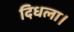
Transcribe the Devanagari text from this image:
दिधला।